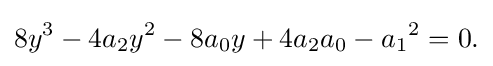
8y^{3}-4a_{2}y^{2}-8a_{0}y+4a_{2}a_{0}-{a_{1}}^{2}=0{\text{.}}